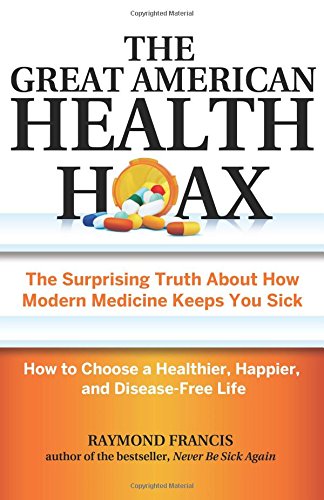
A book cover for The Great American Health Hoax: The Surprising Truth About How Modern Medicine Keeps You SickHow to Choose a Healthier, Happier, and Disease-Free Life; Raymond Francis; Health, Fitness & Dieting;